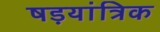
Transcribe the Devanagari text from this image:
षड़यांत्रिक